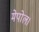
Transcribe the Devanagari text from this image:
मेपोल।